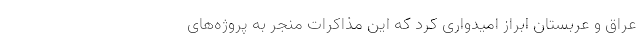
عراق و عربستان ابراز امیدواری کرد که این مذاکرات منجر به پروژه‌های